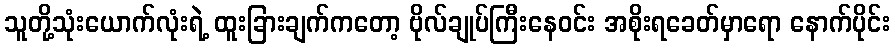
သူတို့သုံးယောက်လုံးရဲ့ ထူးခြားချက်ကတော့ ဗိုလ်ချုပ်ကြီးနေဝင်း အစိုးရခေတ်မှာရော နောက်ပိုင်း